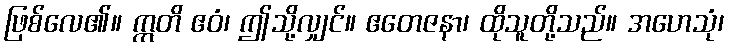
ဖြစ်လေ၏။ ဣတိ ဧဝံ၊ ဤသို့လျှင်။ ဧတေဇနာ၊ ထိုသူတို့သည်။ အဟေသုံ၊